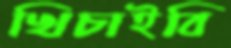
খিচাইবি